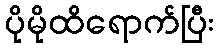
ပိုမိုထိရောက်ပြီး